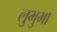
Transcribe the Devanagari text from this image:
लुभुर्भा